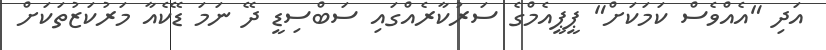
އަދި "އެއްވެސް ކަމަކަށް" ޕީޕީއެމްގެ ސަރުކާރެއްގައި ސަބްސިޑީ ދޭ ނަމަ ޑޭކެއާ މަރުކަޒުތަކަށް